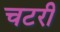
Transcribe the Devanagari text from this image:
चटरी